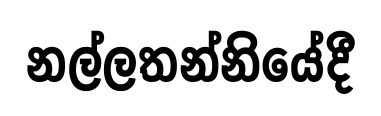
නල්ලතන්නියේදී